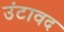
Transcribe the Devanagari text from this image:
उंटावद